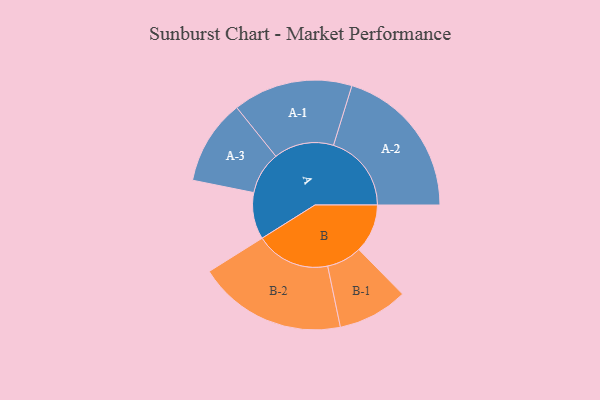
{"axis": {"x": "Segment", "y": "Value"}, "legend": ["", "A", "B"], "data": [{"x": "A", "y": 137, "type": ""}, {"x": "B", "y": 143, "type": ""}, {"x": "A-1", "y": 176, "type": "A"}, {"x": "A-2", "y": 229, "type": "A"}, {"x": "A-3", "y": 125, "type": "A"}, {"x": "B-1", "y": 103, "type": "B"}, {"x": "B-2", "y": 219, "type": "B"}]}